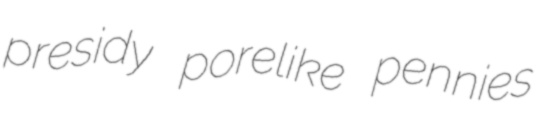
presidy porelike pennies